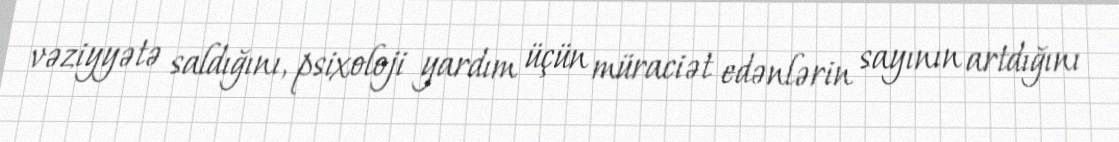
vəziyyətə saldığını, psixoloji yardım üçün müraciət edənlərin sayının artdığını